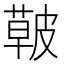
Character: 𱾑